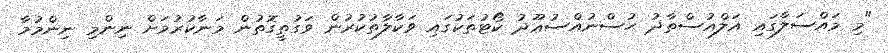
"މި މައްސަލާގައި އަލްއުސްތާޛު ޙުސްނުއްސުޢޫދު ކޯޓުތަކުގައި ވަކާލާތުކުރުން ވަގުތީގޮތުން މަނާކުރުމަށް ނިންމި ނިންމުމާ